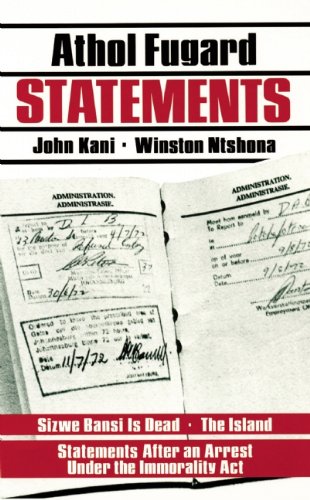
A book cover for Statements; Athol Fugard; Literature & Fiction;